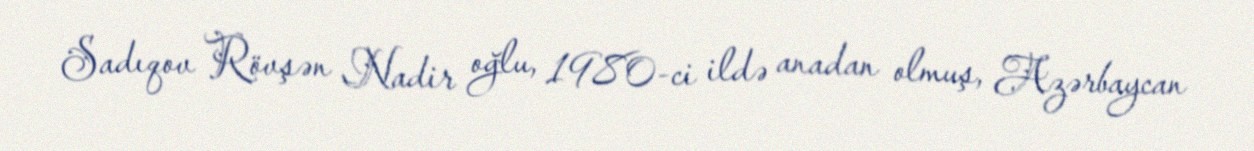
Sadıqov Rövşən Nadir oğlu, 1980-ci ildə anadan olmuş, Azərbaycan